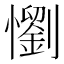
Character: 懰